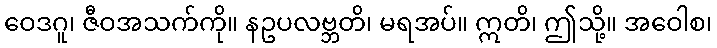
ဝေဒဂူ၊ ဇီဝအသက်ကို။ နဥပလဗ္ဘတိ၊ မရအပ်။ ဣတိ၊ ဤသို့။ အဝေါစ၊